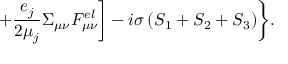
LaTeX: + \frac { e _ { j } } { 2 \mu _ { j } } \Sigma _ { \mu \nu } F _ { \mu \nu } ^ { e l } \biggr ] - i \sigma \left( S _ { 1 } + S _ { 2 } + S _ { 3 } \right) \biggr \} .